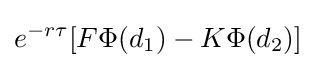
e^{-r\tau }[F\Phi (d_{1})-K\Phi (d_{2})]\